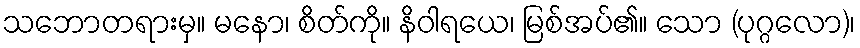
သဘောတရားမှ။ မနော၊ စိတ်ကို။ နိဝါရယေ၊ မြစ်အပ်၏။ သော (ပုဂ္ဂလော)၊